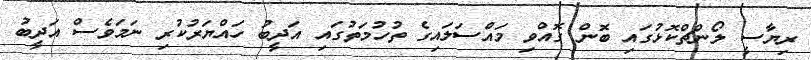
ރިޔާސީ ލޯންޗްކޮޅުގައި ބޮން ގޮއްވި މައްސަލައިގެ ތުހުމަތުގައި އަދީބު ހައްޔަރުކުރި ނަމަވެސް އަދީބު